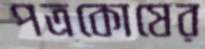
পত্রকোষের